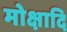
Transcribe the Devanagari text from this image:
मोक्षादि